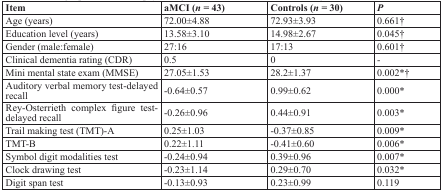
| Item | aMCI (n= 43) | Controls (n= 30) | P |
 | --- | --- | --- | --- |
 | Age (years) | 72.00±4.88 | 72.93±3.93 | 0.661† |
 | Education level (years) | 13.58±3.10 | 14.98±2.67 | 0.045† |
 | Gender (male:female) | 27:16 | 17:13 | 0.601† |
 | Clinical dementia rating (CDR) | 0.5 | 0 | - |
 | Mini mental state exam (MMSE) | 27.05±1.53 | 28.2±1.37 | 0.002*† |
 | Auditory verbal memory test-delayed recall | −0.64±0.57 | 0.99±0.62 | 0.000* |
 | Rey-Osterrieth complex figure test-delayed recall | −0.26±0.96 | 0.44±0.91 | 0.003* |
 | Trail making test (TMT)-A | 0.25±1.03 | −0.37±0.85 | 0.009* |
 | TMT-B | 0.22±1.11 | −0.41±0.60 | 0.006* |
 | Symbol digit modalities test | −0.24±0.94 | 0.39±0.96 | 0.007* |
 | Clock drawing test | −0.23±1.14 | 0.29±0.70 | 0.032* |
 | Digit span test | −0.13±0.93 | 0.23±0.99 | 0.119 |